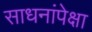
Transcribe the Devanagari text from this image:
साधनांपेक्षा